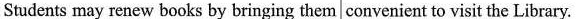
Students may renew books by bringing them convenient to visit the Library.